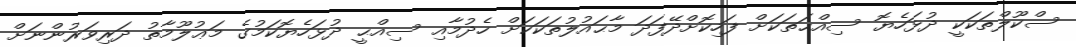
ސްކޫލްތަކަކީ ދުޅަހެޔޮ ސިއްޙަތަކަށް ފަހިކޮށްދޭފަދަ މާޙައުލުތަކަކަށް ހެދުމާއި ސިއްޙީ ދުޅަހެޔޮކަމުގެ މަޢުލޫމާތު ދަރިވަރުންނަށް